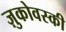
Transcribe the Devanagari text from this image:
ज़ुकोवस्की